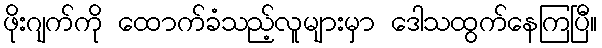
ဖိုးဂျက်ကို ထောက်ခံသည့်လူများမှာ ဒေါသထွက်နေကြပြီ။